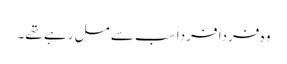
وہ فرداً فرداً سب سے مل رہے تھے۔